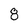
Character: 8